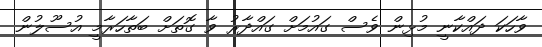
ވާހަކަ ދައްކާނީ މުޅިން ވެސް ގައުމަށް ގައްދާރު ވާ ގޮތަށް ބަތާހަރާމީ އުސޫލުން